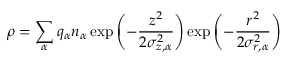
\rho = \sum _ { \alpha } q _ { \alpha } n _ { \alpha } \exp \left( - \frac { z ^ { 2 } } { 2 \sigma _ { z , \alpha } ^ { 2 } } \right) \exp \left( - \frac { r ^ { 2 } } { 2 \sigma _ { r , \alpha } ^ { 2 } } \right)